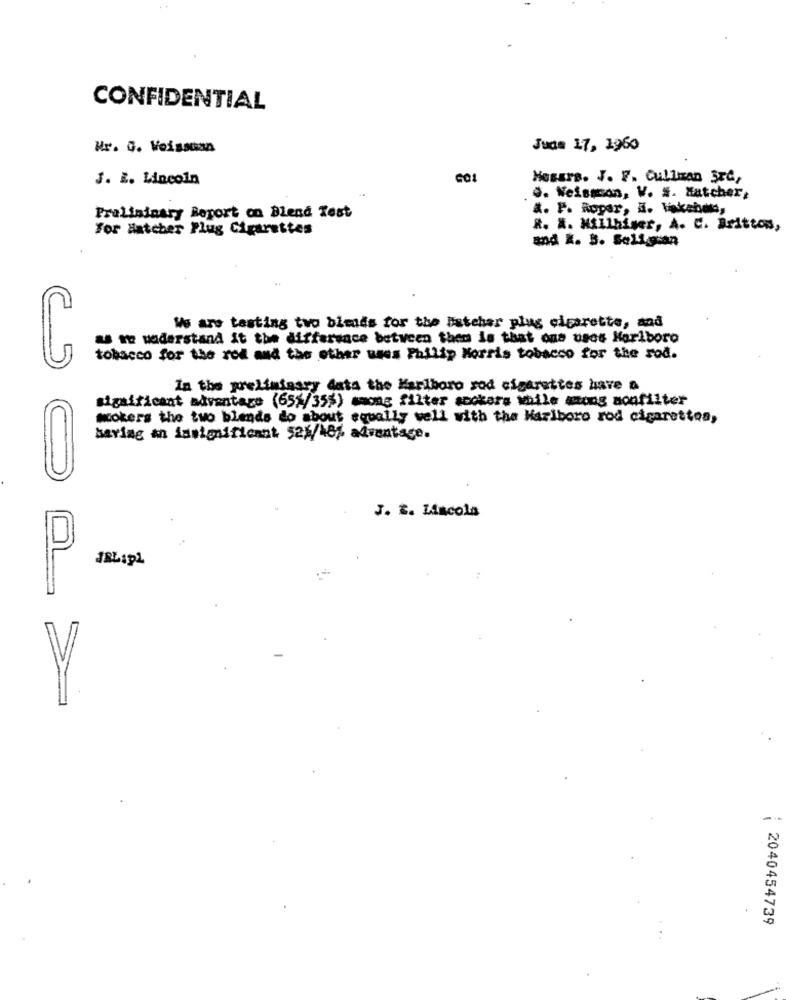
CONFIDENTIAL
Mr. G. Veissuan
June 17, 1960
J. E. Lincoln
GO
Mossrs. J. F. Cullizan 3x4,
@. Nelsson, V. #. Matcher,
a. P. Ropar, a. k.be,
Pralininary Report on Blend Test
For Hatcher Plug Cigarettes
R. A. MAllhiser, A. C. Britton,
and k. B. Seligen
We are tasting two blends for the Estehar plus cigarette, and
as it waderstand it the difference between them is that ous uses Horiboro
tobacco for the rod and the other uses Philip Morris tobacco for the rod.
In the preliminary data the Marlboro sod cigarettes have a
significant advantage (655/355) mmoas filter scokars while among nonfilter
Mokers the two blends do about equally well with the Marlboro rod cigarettes,
saving an insignificant 521/18% advantage.
J. B. Liscola
D
0
2040454739